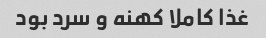
غذا کاملا کهنه و سرد بود